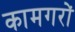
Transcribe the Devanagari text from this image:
कामगरों